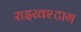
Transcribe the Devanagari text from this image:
राइखश्टाग